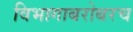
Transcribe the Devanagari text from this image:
विभागाबरोबरच